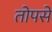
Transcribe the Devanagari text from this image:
तोपसे